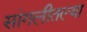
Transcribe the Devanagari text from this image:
सांगलीतल्या